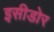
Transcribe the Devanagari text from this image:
इसीडोर